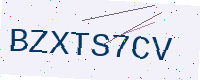
Text: BZXTS7CV